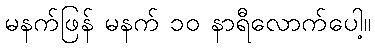
မနက်ဖြန် မနက် ၁၀ နာရီလောက်ပေါ့။